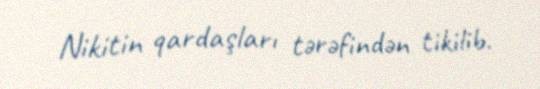
Nikitin qardaşları tərəfindən tikilib.